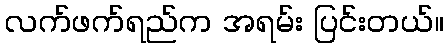
လက်ဖက်ရည်က အရမ်း ပြင်းတယ်။